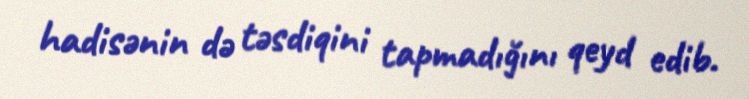
hadisənin də təsdiqini tapmadığını qeyd edib.